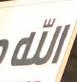
الله